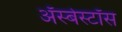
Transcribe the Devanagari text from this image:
ॲस्बेस्टॉस